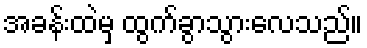
အခန်းထဲမှ ထွက်ခွာသွားလေသည်။